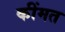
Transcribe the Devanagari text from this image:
कींमत